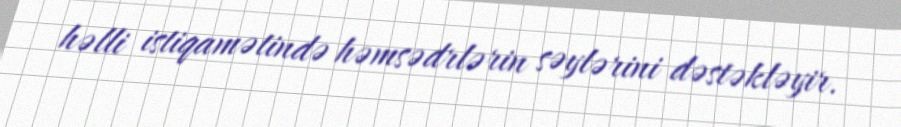
həlli istiqamətində həmsədrlərin səylərini dəstəkləyir.